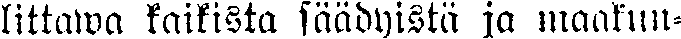
littawa kaikista säädyistä jo maakun-